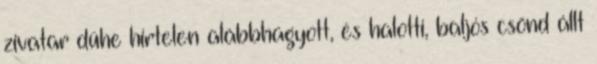
zivatar dühe hirtelen alábbhagyott, és halotti, baljós csönd állt